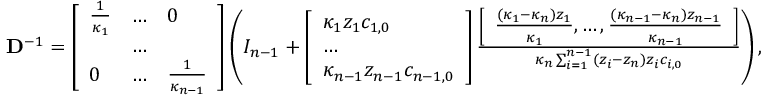
\begin{array} { r l } & { \mathbf { D } ^ { - 1 } = \left[ \begin{array} { l l l } { \frac { 1 } { \kappa _ { 1 } } } & { \hdots } & { 0 } \\ & { \hdots } & \\ { 0 } & { \hdots } & { \frac { 1 } { \kappa _ { n - 1 } } } \end{array} \right] \left( I _ { n - 1 } + \left[ \begin{array} { l } { \kappa _ { 1 } z _ { 1 } c _ { 1 , 0 } } \\ { \hdots } \\ { \kappa _ { n - 1 } z _ { n - 1 } c _ { n - 1 , 0 } } \end{array} \right] \frac { \left[ \begin{array} { l } { \frac { ( \kappa _ { 1 } - \kappa _ { n } ) z _ { 1 } } { \kappa _ { 1 } } , \hdots , \frac { ( \kappa _ { n - 1 } - \kappa _ { n } ) z _ { n - 1 } } { \kappa _ { n - 1 } } } \end{array} \right] } { \kappa _ { n } \sum _ { i = 1 } ^ { n - 1 } ( z _ { i } - z _ { n } ) z _ { i } c _ { i , 0 } } \right) , } \end{array}